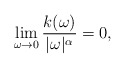
\begin{align*}\lim_{\omega\to 0}{k(\omega)\over |\omega|^\alpha} = 0,\end{align*}